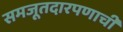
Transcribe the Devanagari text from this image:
समजूतदारपणाची